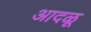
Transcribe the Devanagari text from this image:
आदळू